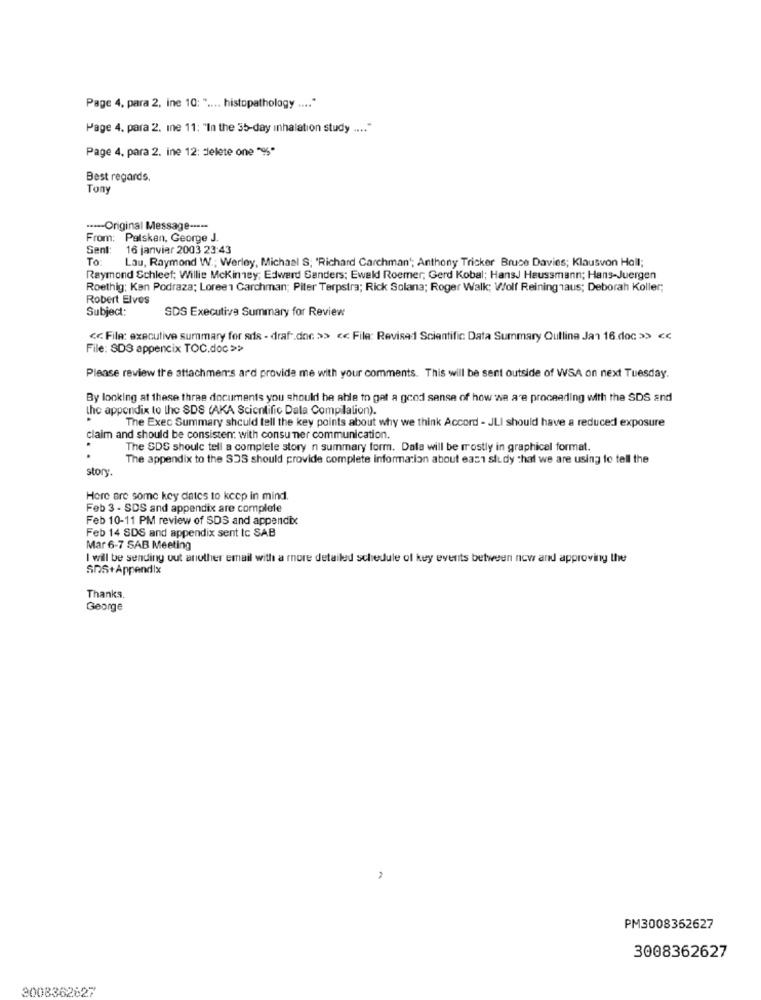
Page 4, para 2, ine 10: " .... histopathology .... "
Page 4. para 2. mne 11: "In the 35-day inhalation study .... "
Page 4, para 2. ine 12: delete one "%"
Best regards.
Tony
.---- Original Message ----
From: Palskan, George J.
Sent: 16 janvier 2003 23:43
To:
Lau, Raymond W .; Werley, Michael S; 'Richard Carchman'; Anthony Tricker Bruce Davies; Klausvon Hall;
Raymond Schleet; Willie Mckinney; Edwerd Ganders; Ewald Roemer; Gerd Kobal; HansJ Haussmann; Hans-Juergen
Roethig: Ken Podraza; Loree1 Garchman; Piter Terpstra; Rick Solana; Roger Walk; Wolf Reining"aus; Deborah Koller;
Robert Elves
Subject:
SDS Executive Summary for Review
<< File: executive summary for sds - draf -. doc >> << File: Revised Scientific Data Summary Outline Jan 16.doc >> <c
File: SDS appencix TOC.doc >>
Please review the attachmens ard provide me with your comments. This will be sent outside of WSA on next Tuesday.
By looking at these three documents you should be able to get a good sense of how we are proceading with the SDS and
the appendix to the SDS (AKA Scientific Dala Compilation).
The Exec Summary should tell the key points about why we think Accord - JLI should have a reduced exposure
claim and should be consistent with consumer communication.
The SDS should tell a complete story n summary form. Data will be rrostly in graphical format.
.
The appendix to the SOS should provide complete information about east study that we are using to tell the
story.
Here are some key dates to keep in mind.
Feb 3 - SDS and appendix are complete
Feb 10-11 PM review of SDS and appendix
Feb 14 SDS and appendix sent tc SAB
Mar 6-7 SAB Meeting
I will be sending out another email with a more detailed schedule of key events between now and approving the
SDS+Appendix
Thanks.
George
PM3008352627
3008362627
3008362627